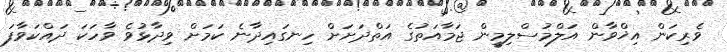
ވެރިކަން އިޚްވާން އަލްމުސްލިމީން ޖަމާއަތުގެ އަތްދަށަށް ހިނގައިދާނެ ކަމަށް ވިދާޅުވެ ވާހަކަ ދައްކަވާފަ